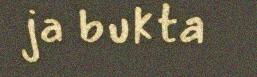
ja bukta